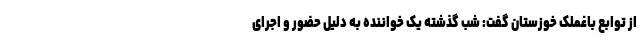
از توابع باغملک خوزستان گفت: شب گذشته یک خواننده به دلیل حضور و اجرای